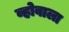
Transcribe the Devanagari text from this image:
व्होवाला